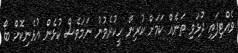
ވެއްޓިފައި ދުޅަވި ތަނެއް ކަމަށް ކުރިން ހީކުރެވުނު ނަމަވެސް ކުޅެން އުޅެނިކޮށް ބޯ